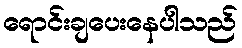
ရောင်းချပေးနေပါသည်